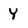
Character: Y